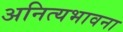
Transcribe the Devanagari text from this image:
अनित्यभावना